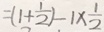
= ( 1 + \frac { 1 } { 2 } ) - 1 \times \frac { 1 } { 2 }